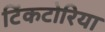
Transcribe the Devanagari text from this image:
टिंकटोरिया